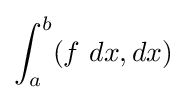
\int _{a}^{b}(f\ dx,dx)